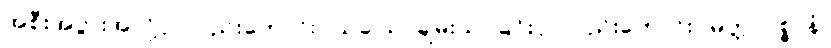
အစီးအပွားအလို့ငှာလည်းကောင်း။ သုခါယ၊ ချမ်းသာခြင်းငှာလည်းကောင်း။ မိတ္တာပစ္စာနံ၊